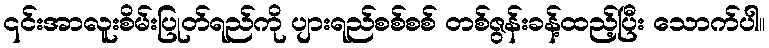
၎င်းအာလူးစိမ်းပြုတ်ရည်ကို ပျားရည်စစ်စစ် တစ်ဇွန်းခန့်ထည့်ပြီး သောက်ပါ။